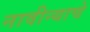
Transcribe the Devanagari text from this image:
नावीन्याचे